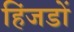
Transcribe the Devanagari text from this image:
हिंजडों